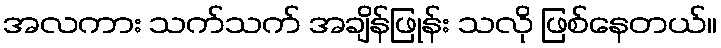
အလကား သက်သက် အချိန်ဖြုန်း သလို ဖြစ်နေတယ်။